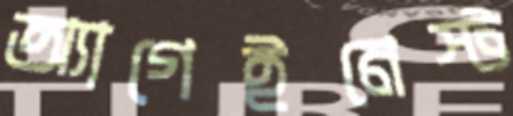
অ্যাগেইনেস্ট